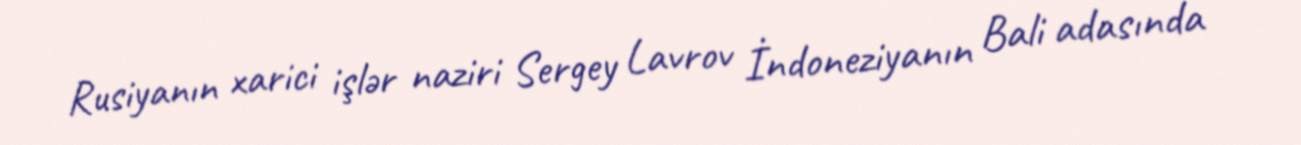
Rusiyanın xarici işlər naziri Sergey Lavrov İndoneziyanın Bali adasında